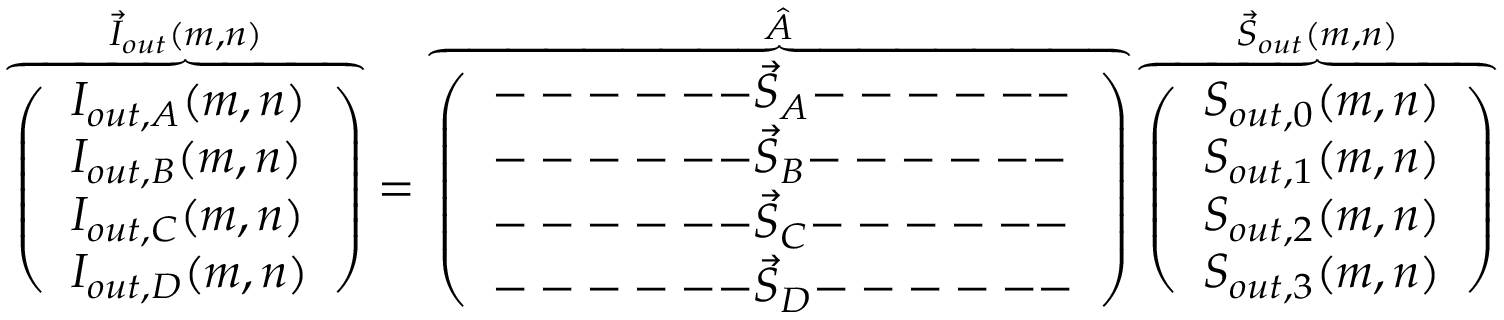
\overbrace { \left( \begin{array} { l } { I _ { o u t , A } ( m , n ) } \\ { I _ { o u t , B } ( m , n ) } \\ { I _ { o u t , C } ( m , n ) } \\ { I _ { o u t , D } ( m , n ) } \end{array} \right) } ^ { \vec { I } _ { o u t } ( m , n ) } = \overbrace { \left( \begin{array} { l } { \mathrm { --- --- } \vec { S } _ { A } \mathrm { --- --- } } \\ { \mathrm { --- --- } \vec { S } _ { B } \mathrm { --- --- } } \\ { \mathrm { --- --- } \vec { S } _ { C } \mathrm { --- --- } } \\ { \mathrm { --- --- } \vec { S } _ { D } \mathrm { --- --- } } \end{array} \right) } ^ { \hat { A } } \overbrace { \left( \begin{array} { l } { S _ { o u t , 0 } ( m , n ) } \\ { S _ { o u t , 1 } ( m , n ) } \\ { S _ { o u t , 2 } ( m , n ) } \\ { S _ { o u t , 3 } ( m , n ) } \end{array} \right) } ^ { \vec { S } _ { o u t } ( m , n ) }